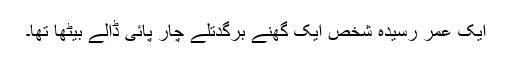
ایک عمر رسیدہ شخص ایک گھنے برگدتلے چار پائی ڈالے بیٹھا تھا۔